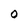
Character: 0